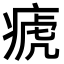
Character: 𤷡